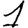
Digit: 1